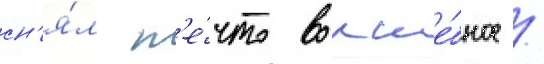
сн'я́л н'е́что волше́бное /